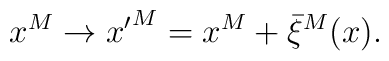
x^M \to {x'}^M = x^M+\bar{\xi}^M(x).